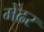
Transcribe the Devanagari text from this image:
मेंढर